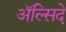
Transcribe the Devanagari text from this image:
अॅल्सिदे